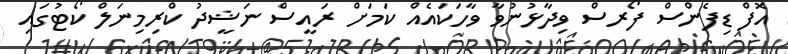
އޮފް ޑިފެންސް ފޯރސް ވިދާޅުނުވާ ވާހަކައެއް ކަމަށް ރައީސް ނަޝީދު ކްރިމިނަލް ކޯޓުގައި